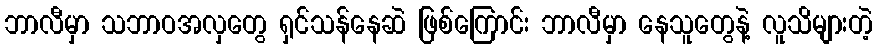
ဘာလီမှာ သဘာဝအလှတွေ ရှင်သန်နေဆဲ ဖြစ်ကြောင်း ဘာလီမှာ နေသူတွေနဲ့ လူသိများတဲ့